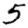
Digit: 5